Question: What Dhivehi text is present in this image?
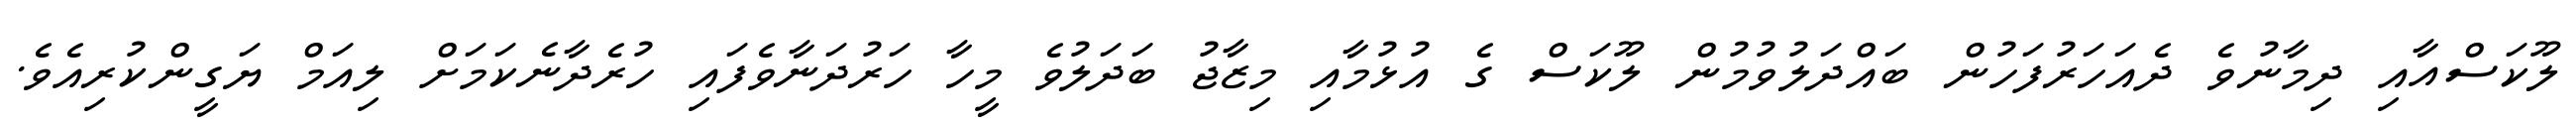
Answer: ލޫކަސްއާއި ދިމާނުވެ ދެއަހަރުފަހުން ބައްދަލުވުމުން ލޫކަސް ގެ އުޅުމާއި މިޒާޖު ބަދަލުވެ މީހާ ހަރުދަނާވެފައި ހުރެދާނެކަމަށް ލިއަމް ޔަގީންކުރިއެވެ.